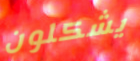
يشكلون